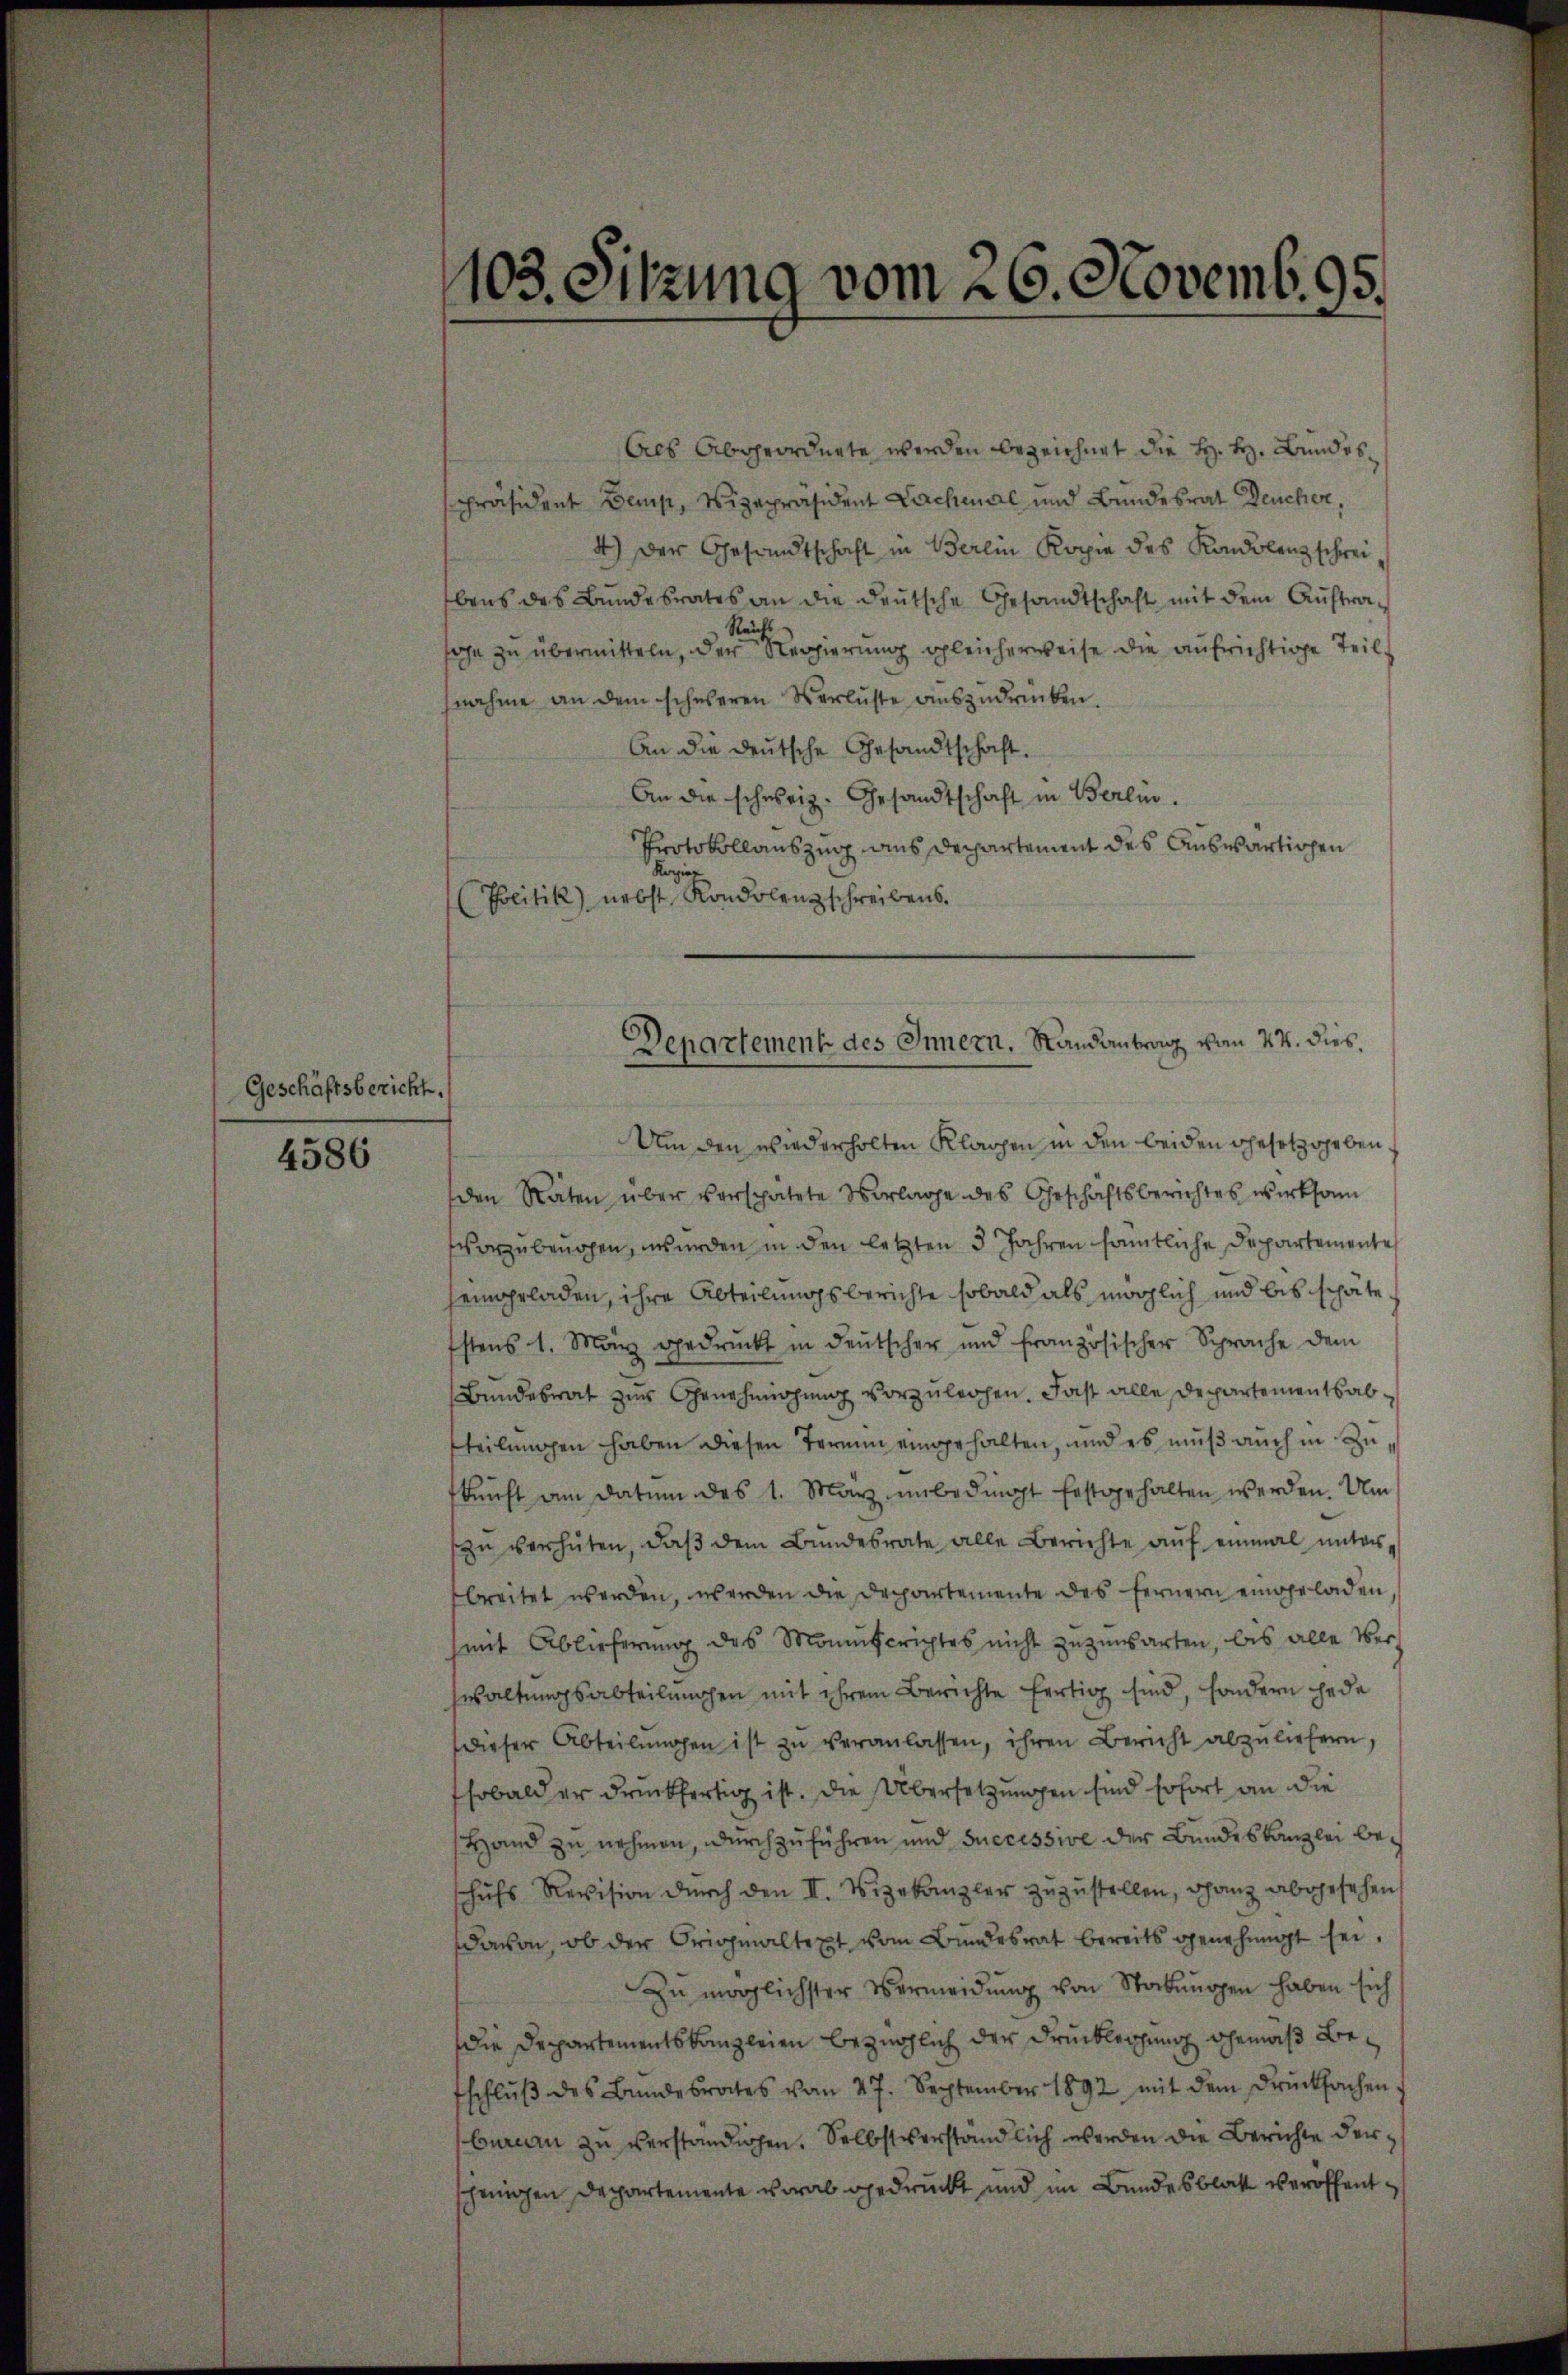
Geschäftsbericht.

4586

103. Sitzung vom 26. Novemb. 95.

Als Abgeordnete werden bezeichnet die H. H. Bundespräsident Demp, Vizepräsident Lachenal und Bundesrat Deucher,
4) Der Gesandtschaft in Berlin Kopie des Kondolenz schreibens des Bundesrates an die deutsche Gesandtschaft mit dem Auftra¬
Reichs
ihn zu übermitteln, der Regierung gleicherweise die aufrichtige Teil-
nahme an dem schweren Verluste aŭszŭdrücken.
An die deutsche Gesandtschaft.
An die schweiz. Gesandtschaft in Berlin.
Protokollauszug aus Departement des Auswärtigen
Kopie
Politik) nebst Kondolenz schreibens.
Um den wiederholten Klagen in den beiden Gesetzgebenden Räten über verspätete Vorlage des Geschaftsberichtes wirksam
vorzubeugen, wurden in den letzten 5 Jahren sämtliche Departemente
heingeladen, ihre Abteilungsberichte sobald als möglich und bis schätestens 1. März gedruckt in deutscher und französischer Sprache dem
Bundesrat zur Genehmigung vorzuleihen. Fast alle Departementsabtteilungen haben diesen Termin eingehalten, und es muß auch in Zukŭnft am Datum des 1. März unbedingt festgehalten werden. Um
zŭ verhüten, daβ dem Bŭndesrate alle Berichte aŭf einmal unter-
breitet werden, werden die Departemente des fernern eingeladen,
(mit Ablieferung des Manuscrichtes nicht zuzuwarten, bis alle Verhwaltŭngsabteilungen mit ihrem Berichte fertig sind, sondern jede
dieser Abteilŭngen ist zŭ veranlassen, ihren Bericht abzuliefern,
Esobald er druckfertig ist. Die Übersetzungen sind sofort an die
Hand zu nehmen, durchzuführen und successive der Bundeskanzlei beschŭfs Revision dŭrch den II. Vizekanzler zuzustellen, ganz abgesehen
davon, ob der Originaltext vom Bundesrat bereits genehmigt sei.
Zu möglichster Vermeidŭng von Stockungen haben sich
Die Departementskanzleien bezüglich der Druckleihung gemäß Befschlŭβ des Bundesrates vom 27. September 1892 mit dem Drucksachen
bureau zu verständigen. Selbstverständlich werden die Berichte derscheinigen Departemente vorab gedruckt und im Bundesblatt veröffent¬

Departement des Innern. Randantrag von 24. dies